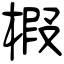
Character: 椵